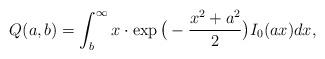
LaTeX: \begin{align*} Q(a,b)=\int_{b}^{\infty}x \cdot \exp\big(-\frac{x^2+a^2}{2}\big)I_0(ax)dx,\end{align*}